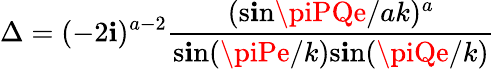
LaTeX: \Delta=(-2\mathbf{i})^{a-2}\frac{{(\mathrm{{s\mathbf{i}n}}\piPQe/ak)^{a}}}{{\mathrm{{s\mathbf{i}n}}(\piPe/k)\mathrm{{s\mathbf{i}n}}(\piQe/k)}}